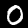
Label: 0